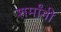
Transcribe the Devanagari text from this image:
शर्मांनी